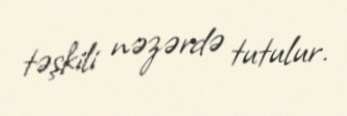
təşkili nəzərdə tutulur.